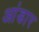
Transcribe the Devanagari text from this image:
आंडार